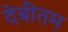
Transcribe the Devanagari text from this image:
देबीतम